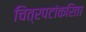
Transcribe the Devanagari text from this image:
चित्रपटांकरिता